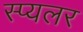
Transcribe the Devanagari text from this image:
स्प्यलर